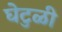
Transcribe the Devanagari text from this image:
घेटुळी